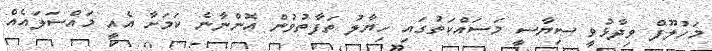
މަހުލޫފް ވިދާޅުވީ ސިޔާސީ މަސައްކަތުގަައި ހިޔާލު ތަފާތުވުން އޮންނާނެ ކަމަށާ އެއީ މައްސަލައެއް